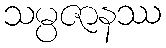
သမ္ပဇာနဿ